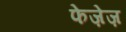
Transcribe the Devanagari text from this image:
फेज़ेज़